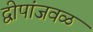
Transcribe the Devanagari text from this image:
द्वीपांजवळ